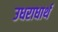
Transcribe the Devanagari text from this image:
उधराधार्थ